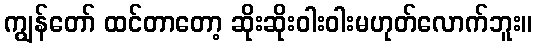
ကျွန်တော် ထင်တာတော့ ဆိုးဆိုးဝါးဝါးမဟုတ်လောက်ဘူး။